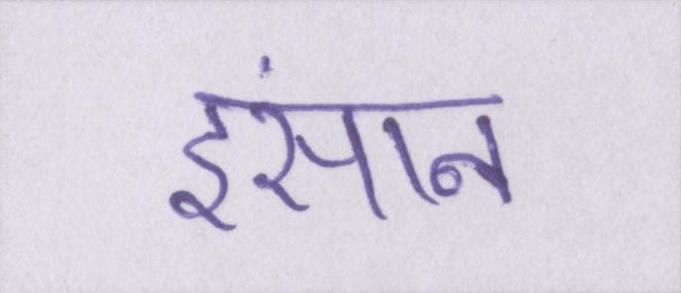
इंसान